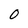
Character: 0